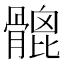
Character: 𩪅